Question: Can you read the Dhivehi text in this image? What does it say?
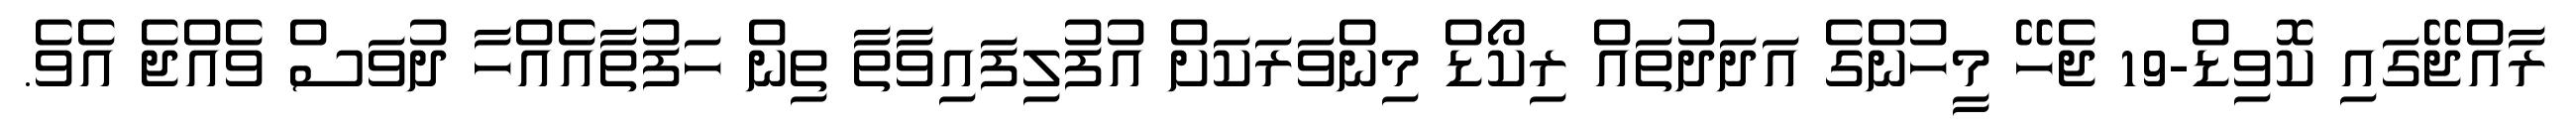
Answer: ރާއްޖޭގައި ކޮވިޑް-19 ޖެހޭ މީހުންގެ އަދަދުތައް ރިކޯޑް މިންވަރަކަށް އުފުލިފައިވާތާ ތިން ހަފުތާއެއްހާ ދުވަސް ވެއްޖެ އެވެ.